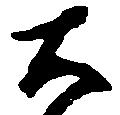
大